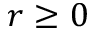
r \geq 0